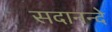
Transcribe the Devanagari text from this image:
सदानन्दे